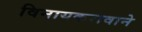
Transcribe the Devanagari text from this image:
विनायकरावाने